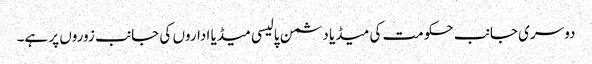
دوسری جانب حکومت کی میڈیا دشمن پالیسی میڈیا اداروں کی جانب زوروں پر ہے۔